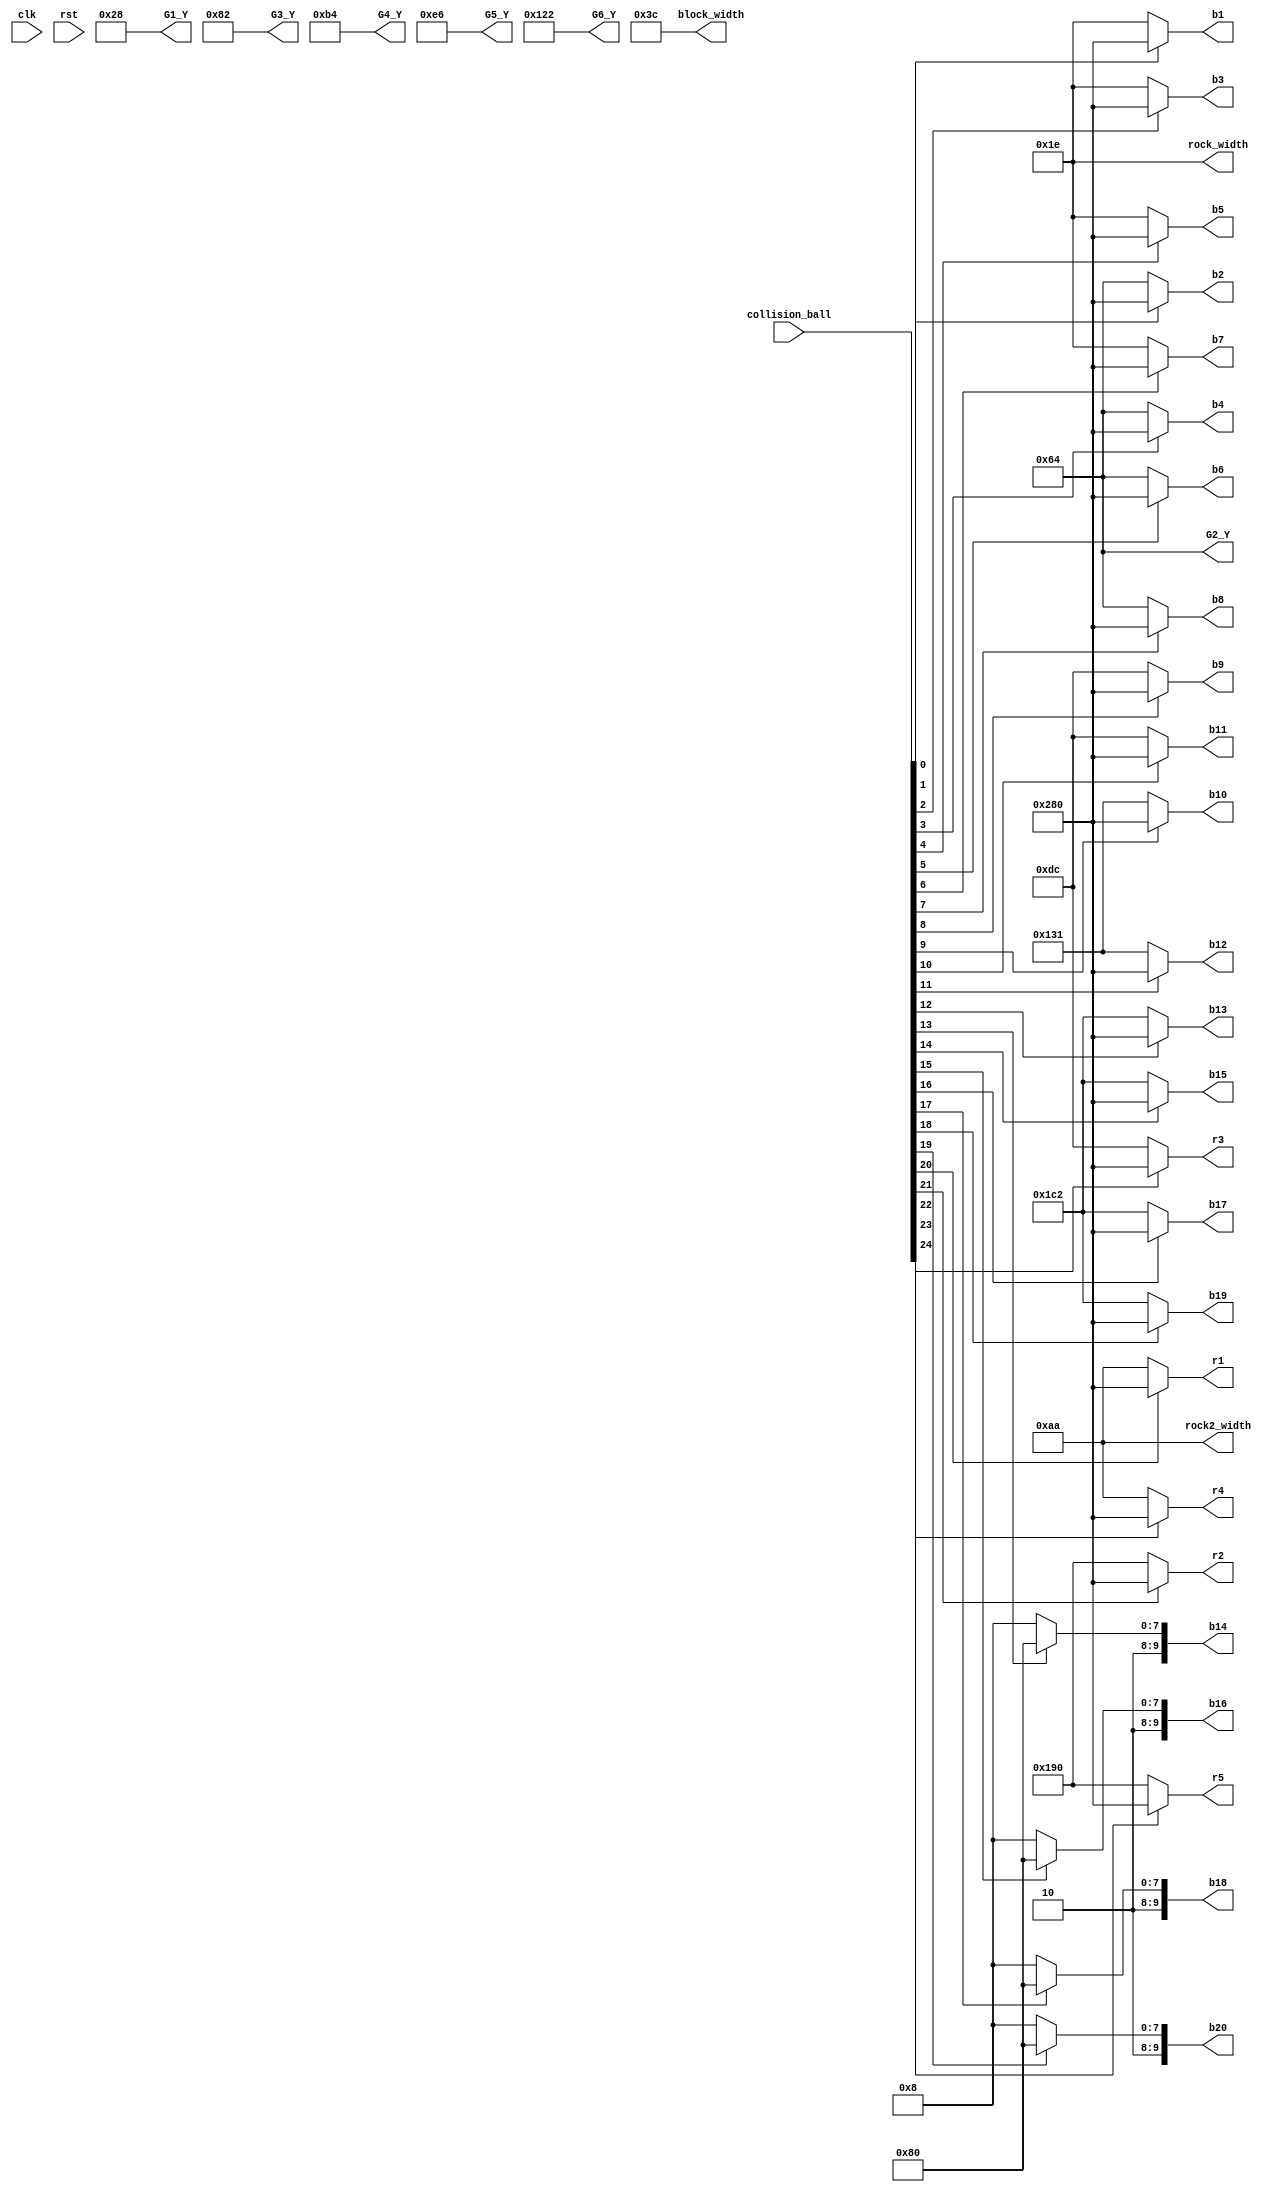
`timescale 1ns / 1ps
//////////////////////////////////////////////////////////////////////////////////
// Company: 
// Engineer: 
// 
// Design Name: 
// Module Name:    blocks_generator 
// Project Name: 
// Target Devices: 
// Tool versions: 
// Description: 
//
// Dependencies: 
//
// Revision: 
// Revision 0.01 - File Created
// Additional Comments: 
//
//////////////////////////////////////////////////////////////////////////////////
module blocks_generator(
	 input clk,
	 input rst,
	 input [24:0] collision_ball,
	 output [9:0] b1,
	 output [9:0] b2,
	 output [9:0] b3,
	 output [9:0] b4,
	 output [9:0] b5,
	 output [9:0] b6,
	 output [9:0] b7,
	 output [9:0] b8,
	 output [9:0] b9,
	 output [9:0] b10,
	 output [9:0] b11,
	 output [9:0] b12,
	 output [9:0] b13,
	 output [9:0] b14,
	 output [9:0] b15,
	 output [9:0] b16,
	 output [9:0] b17,
	 output [9:0] b18,
	 output [9:0] b19,
	 output [9:0] b20,
	 output [9:0] r1,
	 output [9:0] r2,
	 output [9:0] r3,
	 output [9:0] r4,
	 output [9:0] r5,
	 output [9:0] G1_Y,
	 output [9:0] G2_Y,
	 output [9:0] G3_Y,
	 output [9:0] G4_Y,
	 output [9:0] G5_Y,
	 output [9:0] G6_Y,
	 output [9:0] block_width,
	 output [9:0] rock_width,
	 output [9:0] rock2_width
    );

/*
always @ (posedge clk or posedge rst) begin
	if(rst) begin
		b1 = 0;
		b2 = 0;
		b3 = 0;
		b4 = 0;
		b5 = 0;
		b6 = 0;
		b7 = 0;
		b8 = 0;
		b9 = 0;
		b10 = 0;
		b11 = 0;
		b12 = 0;
		b13 = 0;
		b14 = 0;
		b15 = 0;
		b16 = 0;
		b17 = 0;
		b18 = 0;
		b19 = 0;
		b20 = 0;
		r1 = 0;
		r2 = 0;
		r3 = 0;
		r4 = 0;
		r5 = 0;
		G1_Y = 0;
		G2_Y = 0;
		G3_Y = 0;
		G4_Y = 0;
		G5_Y = 0;
		G6_Y = 0;
		block_width = 0;
		rock_width = 0;
		rock2_width = 0;
		
	end
	else begin*/
assign b1 = (collision_ball[0]) ? 10'd640 : 10'd30;
assign b2 = (collision_ball[1]) ? 10'd640 : 10'd100;
assign b3 = (collision_ball[2]) ? 10'd640 : 10'd30;
assign b4 = (collision_ball[3]) ? 10'd640 : 10'd100;
assign b5 = (collision_ball[4]) ? 10'd640 : 10'd30;
assign b6 = (collision_ball[5]) ? 10'd640 : 10'd100;
assign b7 = (collision_ball[6]) ? 10'd640 : 10'd30;
assign b8 = (collision_ball[7]) ? 10'd640 : 10'd100;
assign b9 = (collision_ball[8]) ? 10'd640 : 10'd220;
assign b10 = (collision_ball[9]) ? 10'd640 : 10'd305;
assign b11 = (collision_ball[10]) ? 10'd640 : 10'd220;
assign b12 = (collision_ball[11]) ? 10'd640 : 10'd305;
assign b13 = (collision_ball[12]) ? 10'd640 : 10'd450;	
assign b14 = (collision_ball[13]) ? 10'd640 : 10'd520;
assign b15 = (collision_ball[14]) ? 10'd640 : 10'd450;
assign b16 = (collision_ball[15]) ? 10'd640 : 10'd520;
assign b17 = (collision_ball[16]) ? 10'd640 : 10'd450;
assign b18 = (collision_ball[17]) ? 10'd640 : 10'd520;
assign b19 = (collision_ball[18]) ? 10'd640 : 10'd450;
assign b20 = (collision_ball[19]) ? 10'd640 : 10'd520;
assign r1 = (collision_ball[20]) ? 10'd640 : 10'd170;
assign r2 = (collision_ball[21]) ? 10'd640 : 10'd400;
assign r3 = (collision_ball[22]) ? 10'd640 : 10'd220;
assign r4 = (collision_ball[23]) ? 10'd640 : 10'd170;
assign r5 = (collision_ball[24]) ? 10'd640 : 10'd400;
assign G1_Y = 10'd40;
assign G2_Y = 10'd100;
assign G3_Y = 10'd130;
assign G4_Y = 10'd180;
assign G5_Y = 10'd230;
assign G6_Y = 10'd290;
assign block_width = 10'd60;
assign rock_width = 10'd30;
assign rock2_width = 10'd170;

endmodule

/*
assign b1 = (collision_ball[0]) ? 10'd640 : 10'd30;
assign b2 = (collision_ball[1]) ? 10'd640 : 10'd145;
assign b3 = (collision_ball[2]) ? 10'd640 : 10'd260;
assign b4 = (collision_ball[3]) ? 10'd640 : 10'd375;
assign b5 = (collision_ball[4]) ? 10'd640 : 10'd490;
assign G1_Y = 10'd30;
assign b6 = (collision_ball[5]) ? 10'd640 : 10'd145;
assign b7 = (collision_ball[6]) ? 10'd640 : 10'd260;
assign b8 = (collision_ball[7]) ? 10'd640 : 10'd375;
assign G2_Y = 10'd60;
*/
/*
always @ (collision_ball[0])
	counter[0] = counter[0] ^ 1;
always @ (collision_ball[1])
	counter[1] = counter[1] ^ 1;
always @ (collision_ball[2])
	counter[2] = counter[2] ^ 1;
always @ (collision_ball[3])
	counter[3] = counter[3] ^ 1;
always @ (collision_ball[4])
	counter[4] = counter[4] ^ 1;
always @ (collision_ball[5])
	counter[5] = counter[5] ^ 1;
always @ (collision_ball[6])
	counter[6] = counter[6] ^ 1;
always @ (collision_ball[7])
	counter[7] = counter[7] ^ 1;
*/
/*
always @ (negedge clk) begin
	b1 <= 10'd30;
	b2 <= 10'd145;
	b3 <= 10'd260;
	b4 <= 10'd375;
	b5 <= 10'd490;
	G1_Y <= 10'd30;
	b6 <= 10'd145;
	b7 <= 10'd260;
	b8 <= 10'd375;
	G2_Y <= 10'd60;
end*/